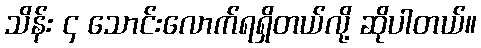
သိန်း ၄ သောင်းလောက်ရရှိတယ်လို့ ဆိုပါတယ်။